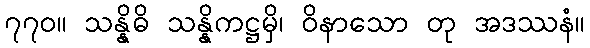
၇၇၀။ သန္နိဓိ သန္နိကဋ္ဌမှိ၊ ဝိနာသော တု အဒဿနံ။